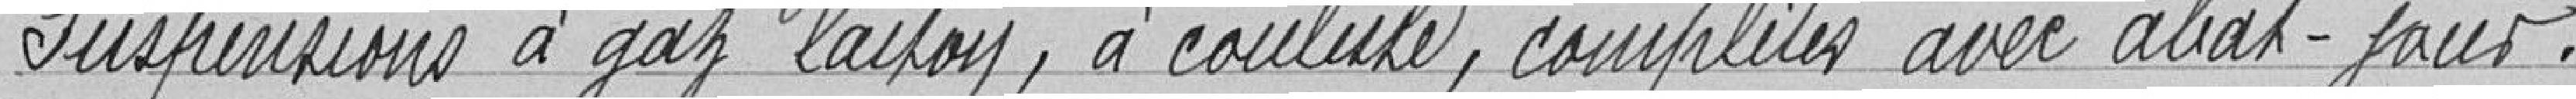
Suspension à gaz laiton, à coulisse, complètes avec abat-jours.